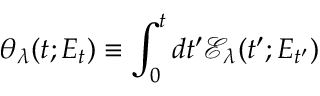
\theta _ { \lambda } ( t ; E _ { t } ) \equiv \int _ { 0 } ^ { t } d t ^ { \prime } \mathcal { E } _ { \lambda } ( t ^ { \prime } ; E _ { t ^ { \prime } } )